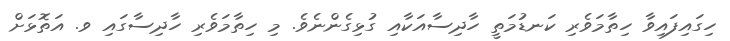
ހިގައިފައިވާ ހިތާމަވެރި ކަނޑުމަތީ ހާދިސާއަކާއި ގުޅިގެންނެވެ. މި ހިތާމަވެރި ހާދިސާގައި ވ. އަތޮޅަށް